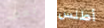
بعض أطلس